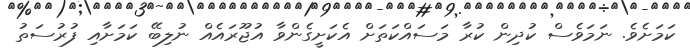
ކަމަށެވެ. ނަމަވެސް ކުދިން ކުރާ މަސައްކަތަށް އެކަށީގެންވާ އުޖޫރައެއް ނުލިބޭ ކަމަށާއި ފުރުސަތު